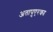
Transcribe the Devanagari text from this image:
अतापुएरका